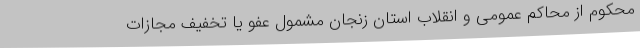
محکوم از محاکم عمومی و انقلاب استان زنجان مشمول عفو یا تخفیف مجازات